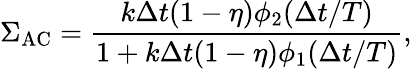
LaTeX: \Sigma_{\mathrm{AC}}=\frac{k\Delta t(1-\eta)\phi_{2}(\Delta t/T)}{1+k\Delta t(1-\eta)\phi_{1}(\Delta t/T)},